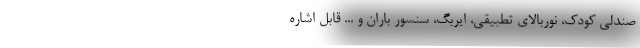
صندلی کودک، نوربالای تطبیقی، ایربگ، سنسور باران و ... قابل اشاره